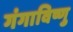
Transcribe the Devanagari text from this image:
गंगाविष्णु